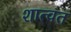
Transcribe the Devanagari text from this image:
शात्वत